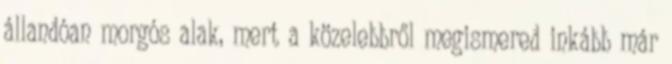
állandóan morgós alak, mert a közelebbről megismered inkább már